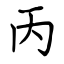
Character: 丙